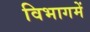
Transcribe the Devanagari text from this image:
विभागमें